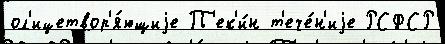
ол'ицетвор'я́ющиjе П'ек'и́н т'ече́н'иjе РСФСР